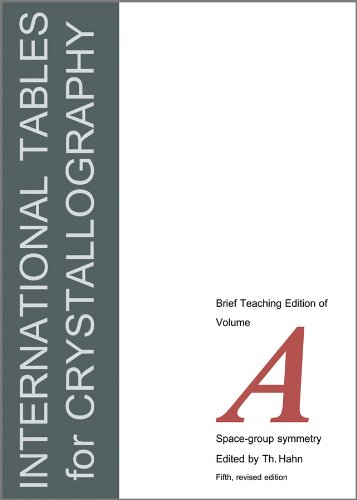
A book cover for International Tables for Crystallography, Space Group Symmetry: Brief Teaching Edition; Science & Math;